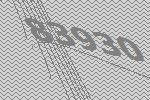
83930